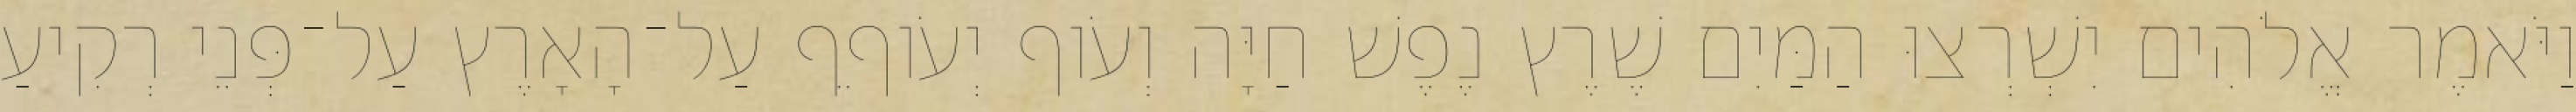
וַיֹּאמֶר אֱלֹהִים יִשְׁרְצוּ הַמַּיִם שֶׁרֶץ נֶפֶשׁ חַיָּה וְעֹוף יְעֹוףֵף עַל־הָאָרֶץ עַל־פְּנֵי רְקִיעַ